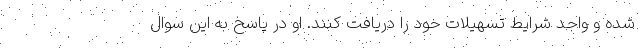
شده و واجد شرایط تسهیلات خود را دریافت کنند. او در پاسخ به این سوال